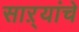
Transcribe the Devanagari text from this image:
साऱ्यांचे